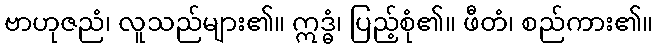
ဗာဟုဇညံ၊ လူသည်များ၏။ ဣဒ္ဓံ၊ ပြည့်စုံ၏။ ဖီတံ၊ စည်ကား၏။